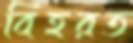
বিহরত